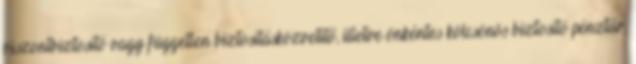
viszontbiztosító vagy független biztosításközvetítő, illetve önkéntes kölcsönös biztosító pénztár,